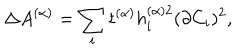
LaTeX: \Delta A ^ { ( \alpha ) } = \sum _ { i } t ^ { ( \alpha ) } h _ { i } ^ { ( \alpha ) 2 } ( \partial C _ { i } ) ^ { 2 } ,